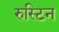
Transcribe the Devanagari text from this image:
रुस्टिन